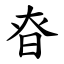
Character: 昚